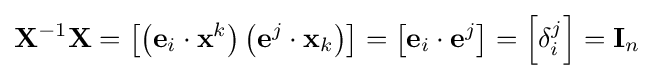
\mathbf {X} ^{-1}\mathbf {X} =\left[\left(\mathbf {e} _{i}\cdot \mathbf {x} ^{k}\right)\left(\mathbf {e} ^{j}\cdot \mathbf {x} _{k}\right)\right]=\left[\mathbf {e} _{i}\cdot \mathbf {e} ^{j}\right]=\left[\delta _{i}^{j}\right]=\mathbf {I} _{n}